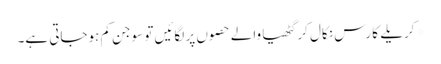
*کریلے کا رس نکال کر گٹھیا والے حصوں پر لگائیں تو سوجن کم ہوجاتی ہے۔